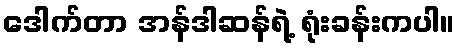
ဒေါက်တာ အန်ဒါဆန်ရဲ့ ရုံးခန်းကပါ။